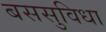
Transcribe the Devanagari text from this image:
बससुविधा